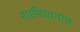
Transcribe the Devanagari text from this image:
शामियानात